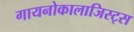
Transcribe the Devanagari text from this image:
गायनोकालाजिस्ट्स